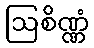
ဩစိဏ္ဏံ